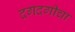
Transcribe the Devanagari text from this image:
दगदगीचा